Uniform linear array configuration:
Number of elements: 12
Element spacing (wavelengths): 0.25
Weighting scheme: binomial
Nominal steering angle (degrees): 0
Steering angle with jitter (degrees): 0.6824
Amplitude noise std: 0.05
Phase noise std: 0.05

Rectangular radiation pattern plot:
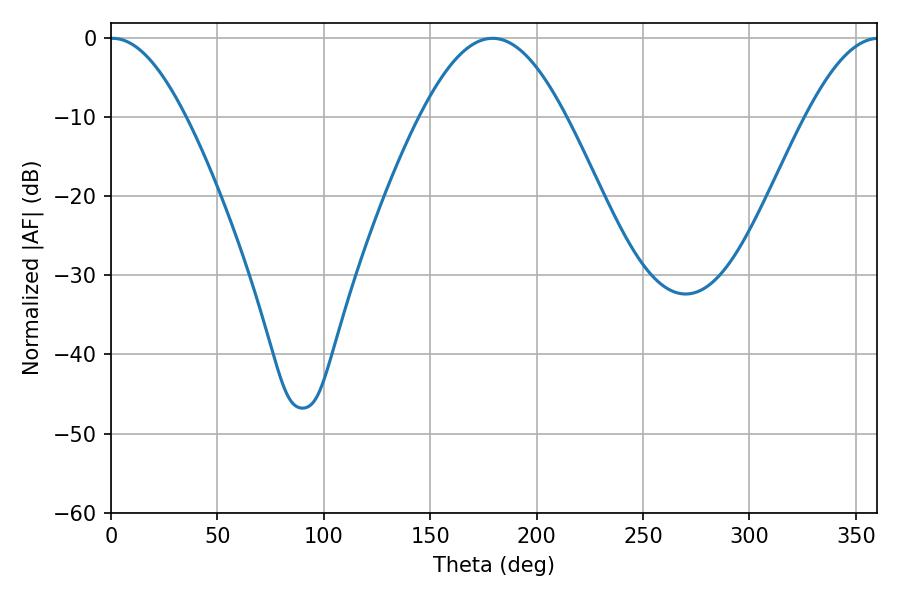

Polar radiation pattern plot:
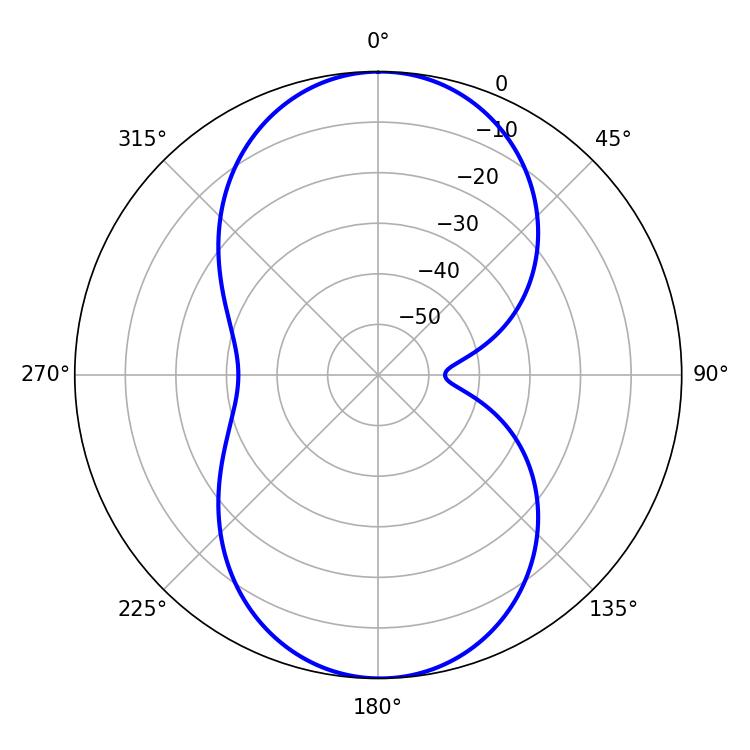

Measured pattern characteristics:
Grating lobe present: FALSE
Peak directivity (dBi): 21.825
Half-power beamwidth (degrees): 19.26
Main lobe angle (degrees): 0.72